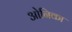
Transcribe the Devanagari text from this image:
ओनिका